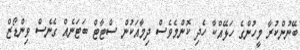
ބޭނުންކުރާ މީހުންގެ ހަޅޭއްކާ ހެދި ކޮންމެވެސް ދިމާއަކުން ސްޓާޓް ބަޓަނެއް ގެނެސް ވިންޑޯޒް